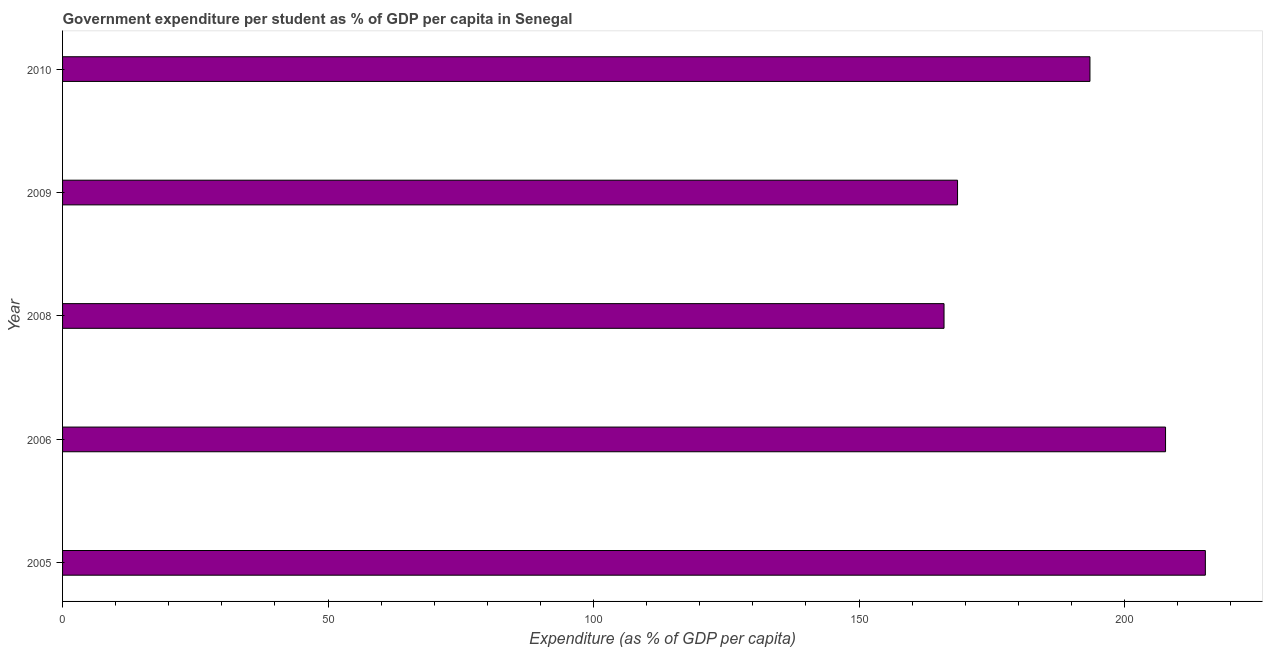
| Year | Government expenditure per tertiary student |
 | --- | --- |
 | 2005 | 215 |
 | 2006 | 208 |
 | 2008 | 166 |
 | 2009 | 169 |
 | 2010 | 193 |